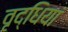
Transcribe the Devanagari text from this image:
वृद्धियां